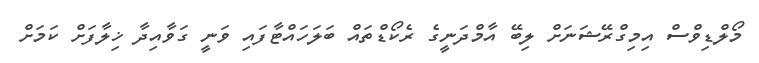
މޯލްޑިވްސް އިމިގްރޭޝަނަށް ލިބޭ އާމްދަނީގެ ރެކޯޑްތައް ބަލަހައްޓާފައި ވަނީ ގަވާއިދާ ޚިލާފަށް ކަމަށް